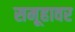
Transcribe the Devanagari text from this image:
समूहावर